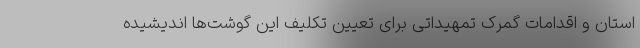
استان و اقدامات گمرک تمهیداتی برای تعیین تکلیف این گوشت‌ها اندیشیده